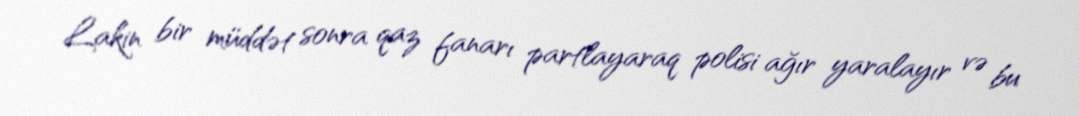
Lakin bir müddət sonra qaz fanarı partlayaraq polisi ağır yaralayır və bu